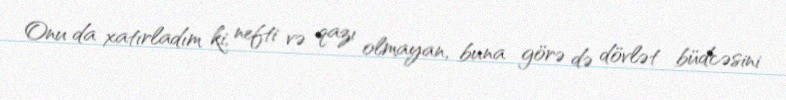
Onu da xatırladım ki, nefti və qazı olmayan, buna görə də dövlət büdcəsini